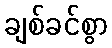
ချစ်ခင်စွာ